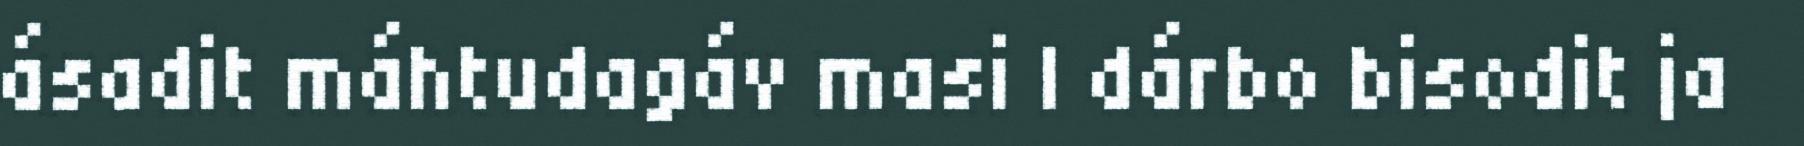
ásadit máhtudagáv masi l dárbo bisodit ja